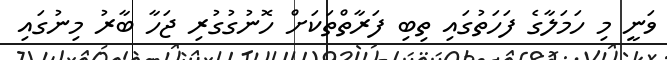
ވަނީ މި ހަމަލާގެ ފަހަތުގައި ތިބި ފަރާތްތަކަށް ހޮނުގުގުރި ޖަހާ ބާރު މިނުގައި